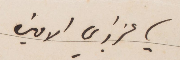
يا عزيزي الأمين